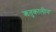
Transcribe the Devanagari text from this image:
ऋतुकालीन